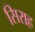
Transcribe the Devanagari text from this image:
सिराह